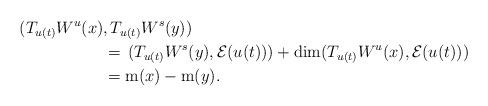
LaTeX: \begin{align*} \, (T_{u(t)} W^u (x)& , T_{u(t)} W^s(y)) \\ &= \, (T_{u(t)}W^s(y),\mathcal E(u(t))) + \dim (T_{u(t)}W^u(x), \mathcal E(u(t)) ) \\ &= \mathrm{m}(x)- \mathrm{m}(y). \end{align*}